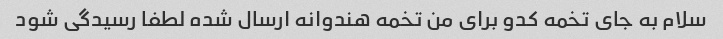
سلام به جای تخمه کدو برای من تخمه هندوانه ارسال شده لطفا رسیدگی شود